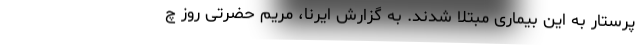
پرستار به این بیماری مبتلا شدند. به گزارش ایرنا، مریم حضرتی روز چ